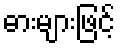
ဓားများဖြင့်